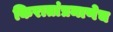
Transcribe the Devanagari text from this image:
किरातांप्रमाणेच